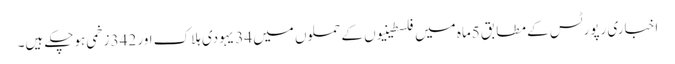
اخباری رپورٹس کے مطابق 5ماہ میں فلسطینیوں کے حملوں میں 34 یہودی ہلاک اور 342 زخمی ہوچکے ہیں۔